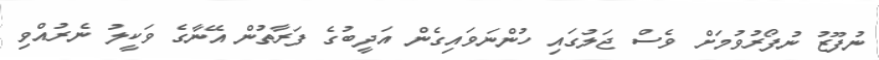
ނުފޫޒު ނުފޯރުވުމަށް ވެސް ޖަލުގައި ހުންނަވައިގެން އަދީބުގެ ފަރާތުން އޭނާގެ ވަކީލު ނެރުއްވި